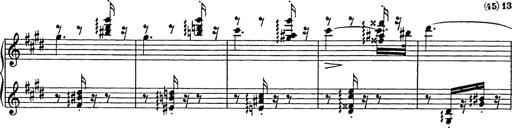
Title: Consolations
Composer: Franz Liszt